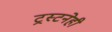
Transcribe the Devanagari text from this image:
ट्रस्टनेही